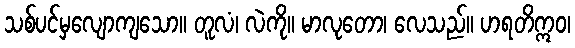
သစ်ပင်မှလျောကျသော။ တူလံ၊ လဲကို။ မာလုတော၊ လေသည်။ ဟရတိဣဝ၊